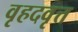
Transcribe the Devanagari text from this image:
वृहदवृत्त